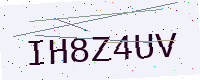
Text: IH8Z4UV